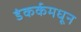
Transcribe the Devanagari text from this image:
डंकर्कमधून